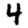
Digit: 4